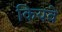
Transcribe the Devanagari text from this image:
कियवे